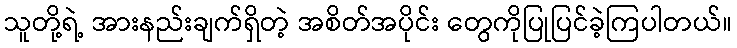
သူတို့ရဲ့ အားနည်းချက်ရှိတဲ့ အစိတ်အပိုင်း တွေကိုပြုပြင်ခဲ့ကြပါတယ်။